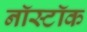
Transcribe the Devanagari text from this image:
नॉस्टॉक